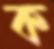
ক